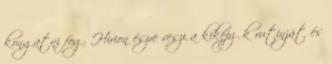
kongatni fog. Hirion észre veszi a kiképzők rutinját és